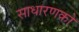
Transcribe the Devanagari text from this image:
साधारणको